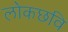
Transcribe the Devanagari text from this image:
लोकछवि